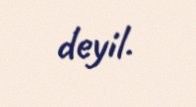
deyil.